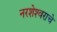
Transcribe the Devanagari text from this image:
नरशेश्‍वराचे